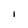
Character: 1